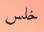
خلس